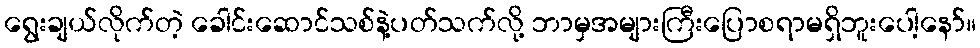
ရွေးချယ်လိုက်တဲ့ ခေါင်းဆောင်သစ်နဲ့ပတ်သက်လို့ ဘာမှအများကြီးပြောစရာမရှိဘူးပေါ့နော်။